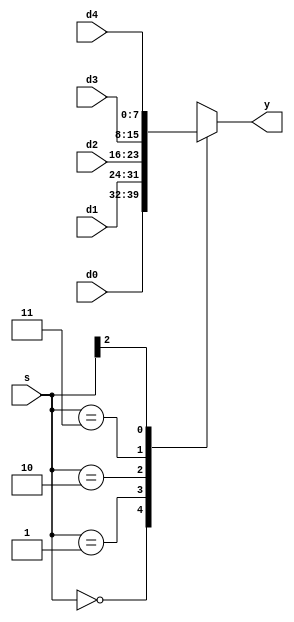
module mux5 #(parameter WIDTH = 8)
   (input  wire [WIDTH-1:0] d0, d1, d2, d3, d4,
    input  wire [2:0]       s,
    output reg [WIDTH-1:0] y);
   
   always@(*)
     casez (s)
       3'b000 : y = d0;       
       3'b001 : y = d1;
       3'b010 : y = d2;
       3'b011 : y = d3;
       3'b1?? : y = d4;
     endcase // casez (s)

endmodule